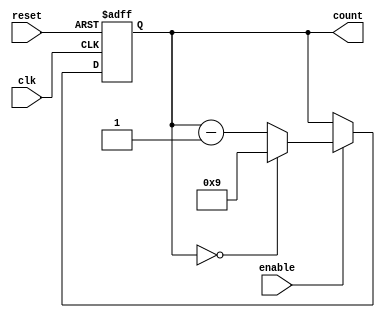
module BCD_Down_Counter_with_Enable(
    input wire clk,
    input wire reset,
    input wire enable,
    output reg [3:0] count
);

reg [3:0] bcd_count;

always @(posedge clk or posedge reset) begin
    if (reset) begin
        bcd_count <= 4'b0000;
    end else begin
        if (enable) begin
            if (bcd_count == 4'b0000) begin
                bcd_count <= 4'b1001; // Reset to initial value
            end else begin
                bcd_count <= bcd_count - 1; // Count down
            end
        end
    end
end

assign count = bcd_count;

endmodule